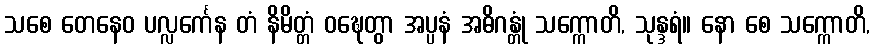
သစေ တေနေဝ ပလ္လင်္ကေန တံ နိမိတ္တံ ဝဍ္ဎေတွာ အပ္ပနံ အဓိဂန္တုံ သက္ကောတိ, သုန္ဒရံ။ နော စေ သက္ကောတိ,